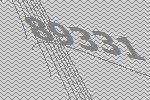
89331